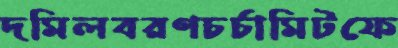
দমিলবরণচর্চামিটফে